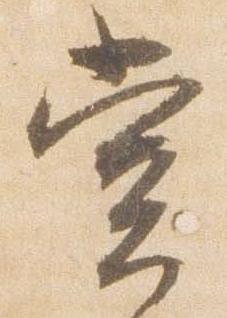
堂